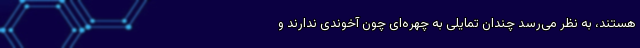
هستند، به ‌نظر می‌رسد چندان تمایلی به چهره‌ای چون آخوندی ندارند و